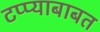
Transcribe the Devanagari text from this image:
टप्प्याबाबत